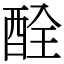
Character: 酫